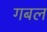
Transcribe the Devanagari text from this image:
गबल